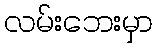
လမ်းဘေးမှာ